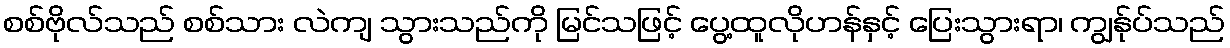
စစ်ဗိုလ်သည် စစ်သား လဲကျ သွားသည်ကို မြင်သဖြင့် ပွေ့ထူလိုဟန်နှင့် ပြေးသွားရာ၊ ကျွန်ုပ်သည်